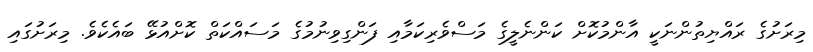
މިރަށުގެ ރައްޔިތުންނަކީ އާންމުކޮށް ކަންނެލީގެ މަސްވެރިކަމާއި ފަންގިވިނުމުގެ މަސައްކަތް ކޮށްއުޅޭ ބައެކެވެ. މިރަށުގައި